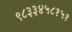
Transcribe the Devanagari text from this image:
९८३३४५८१५१